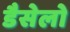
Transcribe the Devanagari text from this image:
डैसेलो